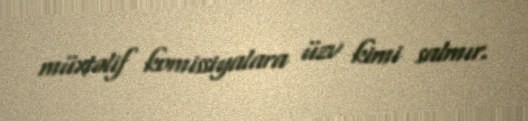
müxtəlif komissiyalara üzv kimi salmır.